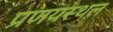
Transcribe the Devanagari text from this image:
प्रणयस्थल